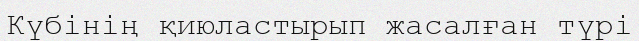
Күбінің қиюластырып жасалған түрі